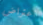
اعتراض